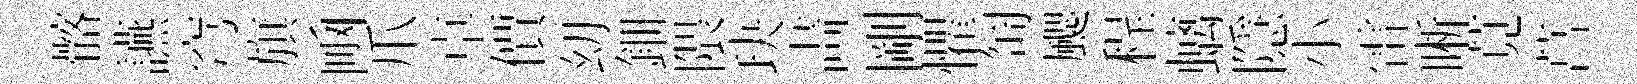
髂讌穹旗凾爪卓價㓜鈿隈玦畵剛懼匋颸程螭隱小雷晰莧菖